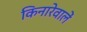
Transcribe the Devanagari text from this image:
किनारेवालें